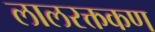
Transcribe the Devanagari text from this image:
लालरक्तकण